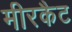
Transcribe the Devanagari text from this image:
मीरकैट